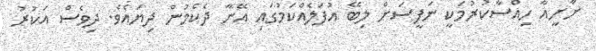
ށާށީއާ ހިއްސާކުރުމަކީ ނަފީސަށް ލިބޭ އުފަލެއްކަމުގައި އޭނާ ދެކެމުން ދިޔައެވެ. ދިވެސް އަކުރު